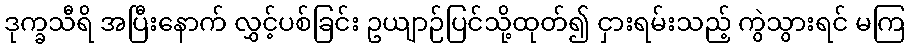
ဒုက္ခသီရိ အပြီးနောက် လွှင့်ပစ်ခြင်း ဥယျာဉ်ပြင်သို့ထုတ်၍ ငှားရမ်းသည့် ကွဲသွားရင် မကြ